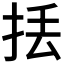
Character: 𢫻